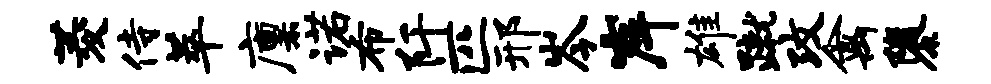
菱侍萃廪诺布阡匹邢岑岸雄蹴攻禽隳